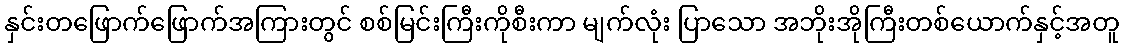
နှင်းတဖြောက်ဖြောက်အကြားတွင် စစ်မြင်းကြီးကိုစီးကာ မျက်လုံး ပြာသော အဘိုးအိုကြီးတစ်ယောက်နှင့်အတူ